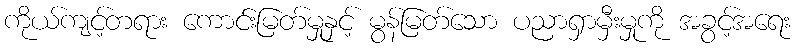
ကိုယ်ကျင့်တရား ကောင်းမြတ်မှုနှင့် မွန်မြတ်သော ပညာရှာမှီးမှုကို အခွင့်အရေး